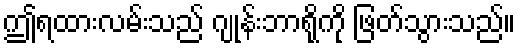
ဤရထားလမ်းသည် ဂျုန်းဘာရိုကို ဖြတ်သွားသည်။